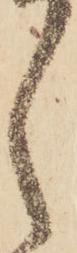
々